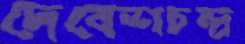
দেবেশচন্দ্র